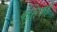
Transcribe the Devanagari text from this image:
वेसिकी